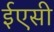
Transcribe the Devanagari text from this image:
ईएसी